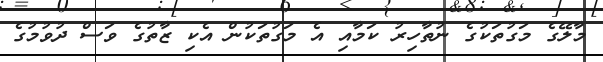
މާލޭގެ މަގުތަކުގެ ނުތާހިރު ކަމާއި އެ މަގުތަކުން އެކި ޒާތުގެ ވަސް ދުވުމުގެ